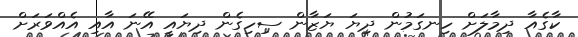
ކާގެއާ ދިމާލަށް ހިނގަމުން ދިޔަ ޔަޒާން ސިހިގެން ދިޔައީ އޭނަ އާއި އެއްވަރަށް